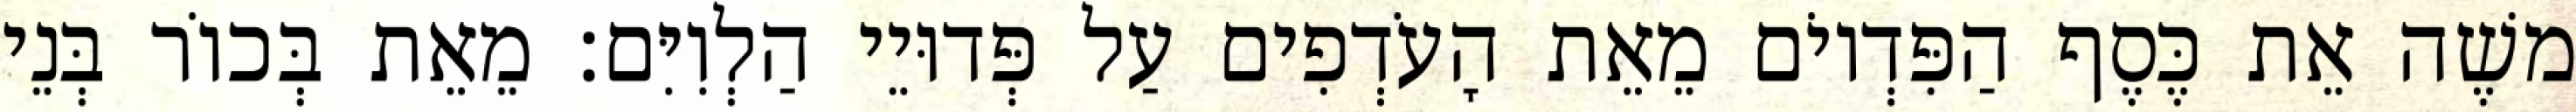
משֶׁה אֵת כֶּסֶף הַפִּדְיוֹם מֵאֵת הָעֹדְפִים עַל פְּדוּיֵי הַלְוִיִּם׃ מֵאֵת בְּכוֹר בְּנֵי